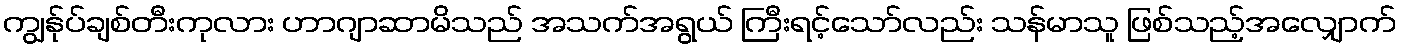
ကျွန်ုပ်ချစ်တီးကုလား ဟာဂျာဆာမိသည် အသက်အရွယ် ကြီးရင့်သော်လည်း သန်မာသူ ဖြစ်သည့်အလျှောက်